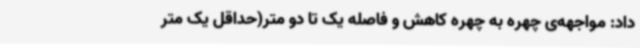
داد: مواجهه‌ی چهره به چهره کاهش و فاصله یک تا دو متر(حداقل یک متر